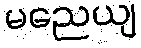
မညေယျ